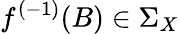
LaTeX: f^{(-1)}(B)\in\Sigma_{X}